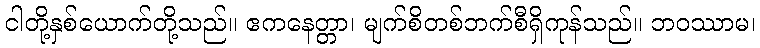
ငါတို့နှစ်ယောက်တို့သည်။ ဧကနေတ္တာ၊ မျက်စိတစ်ဘက်စီရှိကုန်သည်။ ဘဝဿာမ၊